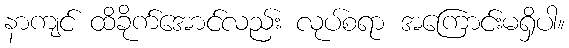
နာကျင် ထိခိုက်အောင်လည်း လုပ်စရာ အကြောင်းမရှိပါ။